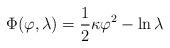
LaTeX: \begin{align*}\Phi(\varphi,\lambda) = \frac12 \kappa \varphi^2 - \ln \lambda\end{align*}